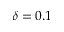
\delta = 0 . 1